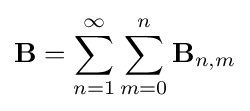
{\mathbf {B} }=\sum _{n=1}^{\infty }\sum _{m=0}^{n}{\mathbf {B} }_{n,m}